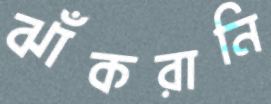
ঝাঁকরানি